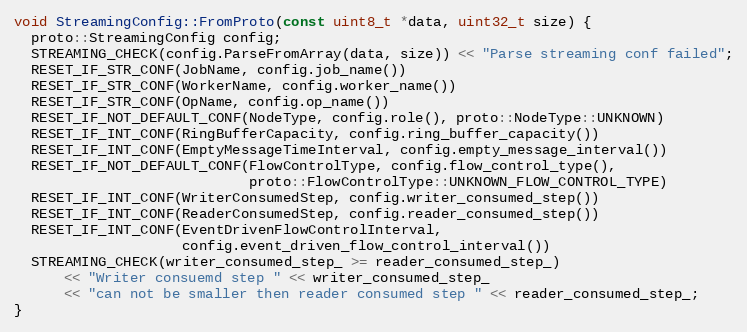
Language: C++
void StreamingConfig::FromProto(const uint8_t *data, uint32_t size) {
  proto::StreamingConfig config;
  STREAMING_CHECK(config.ParseFromArray(data, size)) << "Parse streaming conf failed";
  RESET_IF_STR_CONF(JobName, config.job_name())
  RESET_IF_STR_CONF(WorkerName, config.worker_name())
  RESET_IF_STR_CONF(OpName, config.op_name())
  RESET_IF_NOT_DEFAULT_CONF(NodeType, config.role(), proto::NodeType::UNKNOWN)
  RESET_IF_INT_CONF(RingBufferCapacity, config.ring_buffer_capacity())
  RESET_IF_INT_CONF(EmptyMessageTimeInterval, config.empty_message_interval())
  RESET_IF_NOT_DEFAULT_CONF(FlowControlType, config.flow_control_type(),
                            proto::FlowControlType::UNKNOWN_FLOW_CONTROL_TYPE)
  RESET_IF_INT_CONF(WriterConsumedStep, config.writer_consumed_step())
  RESET_IF_INT_CONF(ReaderConsumedStep, config.reader_consumed_step())
  RESET_IF_INT_CONF(EventDrivenFlowControlInterval,
                    config.event_driven_flow_control_interval())
  STREAMING_CHECK(writer_consumed_step_ >= reader_consumed_step_)
      << "Writer consuemd step " << writer_consumed_step_
      << "can not be smaller then reader consumed step " << reader_consumed_step_;
}